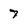
Character: 7